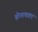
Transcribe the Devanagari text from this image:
होनाचाहए